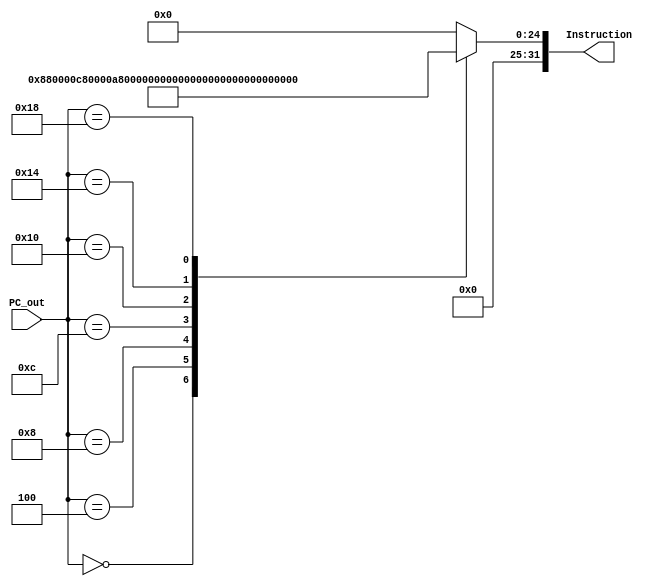
module Instruction_Memory(input [31:0] PC_out, output reg [31:0] Instruction);
  always@(PC_out)begin  
    case (PC_out)
      0: Instruction = 32'b000000_00001_00010_00000_00000000000;
      4: Instruction = 32'b000000_00011_00100_00000_00000000000;
      8: Instruction = 32'b000000_00101_00110_00000_00000000000;
      12: Instruction = 32'b000000_00111_01000_00010_00000000000;
      16: Instruction = 32'b000000_01001_01010_00011_00000000000;
      20: Instruction = 32'b000000_01011_01100_00000_00000000000;
      24: Instruction = 32'b000000_01101_01110_00000_00000000000;
      default : Instruction = 32'b0;
    endcase
  end
endmodule